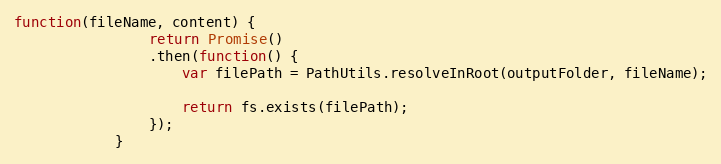
Language: JavaScript
function(fileName, content) {
                return Promise()
                .then(function() {
                    var filePath = PathUtils.resolveInRoot(outputFolder, fileName);

                    return fs.exists(filePath);
                });
            }